Lunatic asylums Punjab 1868-1880 - 1868-1880
Year: 1868
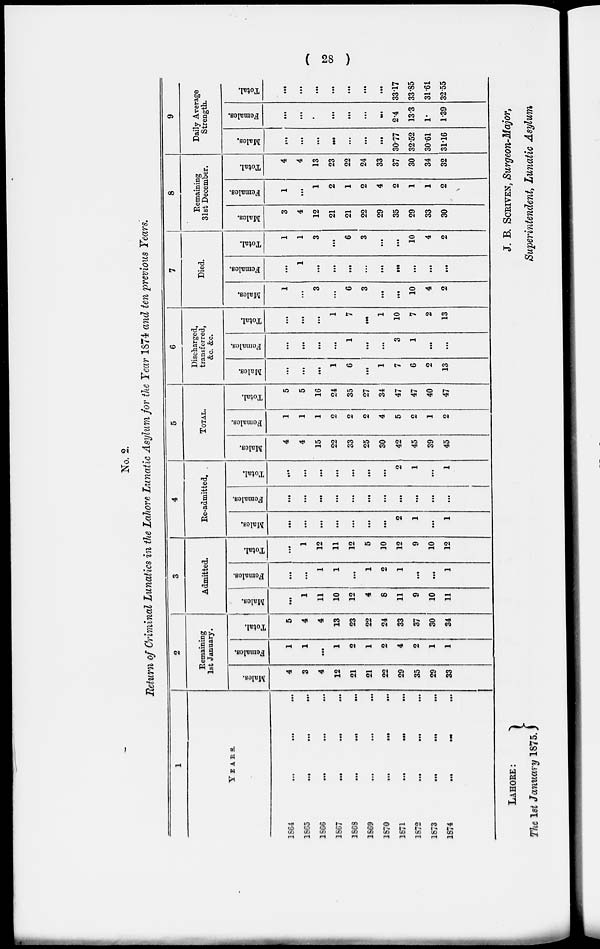
( 28 )
No. 2.
Return of Criminal Lunatics in the Lahore Lunatic Asylum for the Year 1874 and ten previous Years.
1
YEARS.
1864
...
...
...
1865
...
...
...
1866 ... ... ...
1867 ... ... ...
1868 ... ... ...
1869 ... ... ...
1870 ... ... ...
1671 ... ... ...
1872 ... ... ...
1873
...
...
...
1874 ... ... ...
2
Remaining
1st January.
Males.
4
3
4
12
21
21
22
29
35
29
33
Females.
1
1
...
1
2
1
2
4
2
1
1
Total.
5
4
4
13
23
22
24
33
37
30
34
3
Admitted.
Males.
...
1
11
10
12
4
8
11
9
10
11
Females.
...
...
1
1
...
1
2
1
...
...
1
Total.
...
1
12
11
12
5
10
12
9
10
12
4
Re-admitted.
Males.
...
...
...
...
...
...
...
2
1
...
1
Females.
...
...
...
...
...
...
...
...
...
...
...
Total.
...
...
...
...
...
...
...
2
1
...
1
5
Total.
Males.
4
4
15
22
33
25
30
42
45
39
45
Females.
1
1
1
2
2
2
4
5
2
1
2
Total.
5
5
16
24
35
27
34
47
47
40
47
6
Discharged,
transferred,
&c. &c.
Males.
...
...
...
1
6
...
1
7
6
2
13
Females.
...
...
...
...
1
...
...
3
1
...
...
Total.
...
...
...
1
7
...
1
10
7
2
13
7
Died.
Males.
1
...
3
...
6
3
...
...
10
4
2
Females.
...
1
...
...
...
...
...
...
...
...
...
Total.
1
1
3
...
6
3
...
...
10
4
2
8
Remaining
31st December.
Males.
3
4
12
21
21
22
29
35
29
33
30
Females.
1
...
1
2
1
2
4
2
1
1
2
Total.
4
4
13
23
22
24
33
37
30
34
32
9
Daily Average
Strength.
Males.
...
...
...
...
...
...
...
30.77
32.52
30.61
31.16
Females.
...
...
...
...
...
...
...
2.4
13.3
1.
1.9
Total.
...
...
...
...
...
...
...
33.17
33.85
31.61
32. 55
LAHORE:
The 1st January 1875.
J. B. SCRIVEN, Surgeon-Major,
Superintendent, Lunatic Asylum